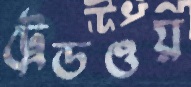
ট্রেডওয়